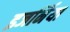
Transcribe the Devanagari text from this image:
इजर्निया